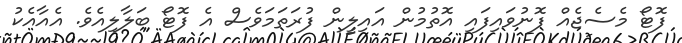
ފޮޓޯ މެސެޖެއް ފޮނުވައިފައި އޮތުމުން އައިލީން ފުރަތަމަވެސް އެ ފޮޓޯ ބަލާލިއެވެ. އެއާއެކު